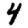
Digit: 4